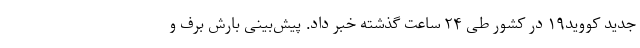
جدید کووید۱۹ در کشور طی ۲۴ ساعت گذشته خبر داد. پیش‌بینی بارش برف و